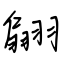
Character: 翩